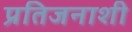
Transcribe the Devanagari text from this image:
प्रतिजनाशी